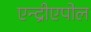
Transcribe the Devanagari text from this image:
एन्द्रीएपोल